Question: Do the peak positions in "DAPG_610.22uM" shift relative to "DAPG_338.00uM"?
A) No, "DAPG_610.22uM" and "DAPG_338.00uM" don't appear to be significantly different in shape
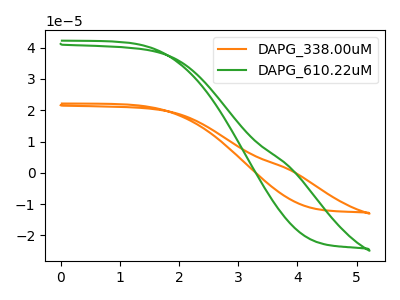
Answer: <think>The orange curve "DAPG_338.00uM" has no peaks. The green curve "DAPG_610.22uM" has no peaks.
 Neither "DAPG_610.22uM" or "DAPG_338.00uM" have any peaks.</think>
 <answer>A) No, "DAPG_610.22uM" and "DAPG_338.00uM" don't appear to be significantly different in shape</answer>
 <eval>A</eval>